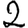
Digit: 2